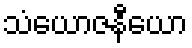
သံယောဇနီယော